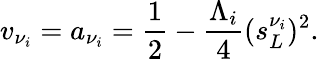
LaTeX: v_{\nu_{i}}=a_{\nu_{i}}={\frac{1}{2}}-{\frac{\Lambda_{i}}{4}}(s_{L}^{\nu_{i}})^{2}.